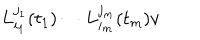
L _ { i _ { 1 } } ^ { j _ { 1 } } ( t _ { 1 } ) \cdots L _ { i _ { m } } ^ { j _ { m } } ( t _ { m } ) v